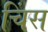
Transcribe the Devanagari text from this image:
चिंस